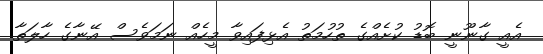
އެއީ ގާނޫނީ ބޮޑު ކުށެއްގެ ތުހުމަތު އެޅިފައިވާ މީހެއް ނަމަވެސް އޭނާގެ ހާލަތާ